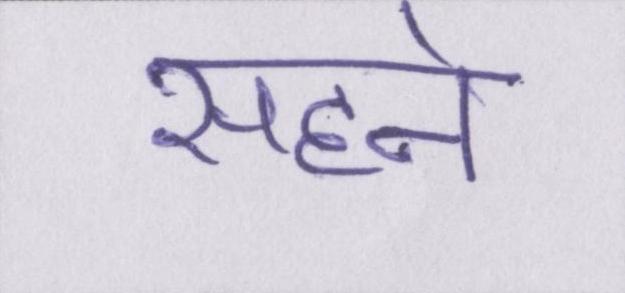
सहने